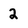
Character: 2